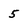
Character: 5